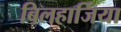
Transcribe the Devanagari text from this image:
बिलहार्जिया